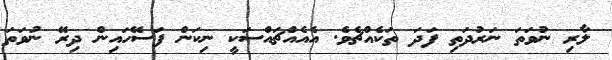
ލާރި ނުވަތަ ނަރުދަތި ފަދަ ތަކެއްޗެެވެ. އެއެއްޗައްސަކީ ނިކަން ފަސޭހައިން ދިރޭ ނުވަތަ